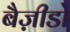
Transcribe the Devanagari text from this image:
बैज़ीडो